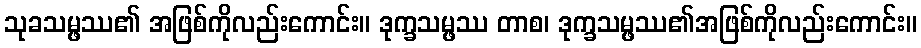
သုခသမ္ဖဿ၏ အဖြစ်ကိုလည်းကောင်း။ ဒုက္ခသမ္ဖဿ တာစ၊ ဒုက္ခသမ္ဖဿ၏အဖြစ်ကိုလည်းကောင်း။